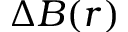
\Delta B ( r )